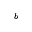
^ b